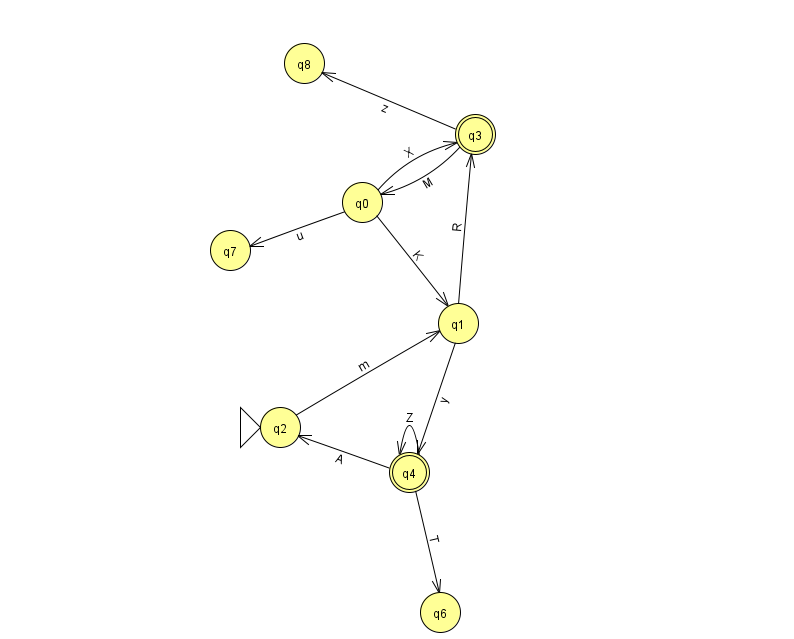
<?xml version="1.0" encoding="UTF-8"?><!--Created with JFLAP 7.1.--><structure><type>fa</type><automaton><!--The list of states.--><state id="0" name="q0"><x>362.0</x><y>189.0</y></state><state id="1" name="q1"><x>458.0</x><y>310.0</y></state><state id="2" name="q2"><x>280.0</x><y>414.0</y><initial/></state><state id="3" name="q3"><x>475.0</x><y>121.0</y><final/></state><state id="4" name="q4"><x>409.0</x><y>459.0</y><final/></state><state id="6" name="q6"><x>440.0</x><y>599.0</y></state><state id="7" name="q7"><x>230.0</x><y>237.0</y></state><state id="8" name="q8"><x>304.0</x><y>50.0</y></state><!--The list of transitions.--><transition><from>3</from><to>0</to><read>M</read></transition><transition><from>0</from><to>3</to><read>X</read></transition><transition><from>0</from><to>7</to><read>u</read></transition><transition><from>1</from><to>4</to><read>y</read></transition><transition><from>1</from><to>3</to><read>R</read></transition><transition><from>3</from><to>8</to><read>z</read></transition><transition><from>4</from><to>4</to><read>Z</read></transition><transition><from>4</from><to>6</to><read>T</read></transition><transition><from>0</from><to>1</to><read>K</read></transition><transition><from>4</from><to>2</to><read>A</read></transition><transition><from>2</from><to>1</to><read>m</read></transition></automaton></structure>